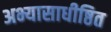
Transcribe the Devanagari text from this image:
अभ्यासाधीष्ठित